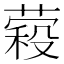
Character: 𮐱